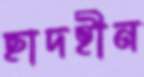
ছাদহীন